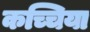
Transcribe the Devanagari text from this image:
कच्चिया